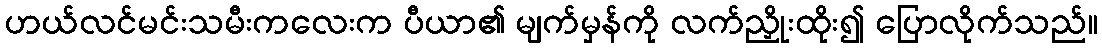
ဟယ်လင်မင်းသမီးကလေးက ပီယာ၏ မျက်မှန်ကို လက်ညှိုးထိုး၍ ပြောလိုက်သည်။